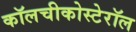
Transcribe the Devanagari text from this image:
कॉलचीकोस्टेरॉल